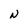
Character: b